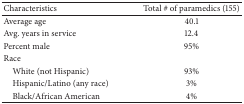
| Characteristics | Total # of paramedics (155) |
 | --- | --- |
 | Average age | 40.1 |
 | Avg. years in service | 12.4 |
 | Percent male | 95% |
 | Race |  |
 | White (not Hispanic) | 93% |
 | Hispanic/Latino (any race) | 3% |
 | Black/African American | 4% |